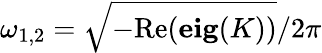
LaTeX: \omega_{1,2}=\sqrt{-\mathrm{Re}(\mathbf{eig}(K))}/2\pi